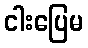
ငါးပြေမ